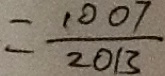
= \frac { 1 0 0 7 } { 2 0 1 3 }